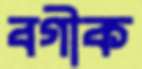
বগীক